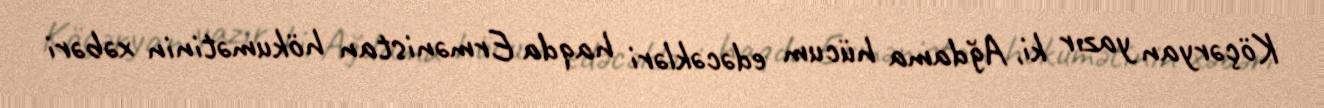
Köçəryan yazır ki, Ağdama hücum edəcəkləri haqda Ermənistan hökumətinin xəbəri